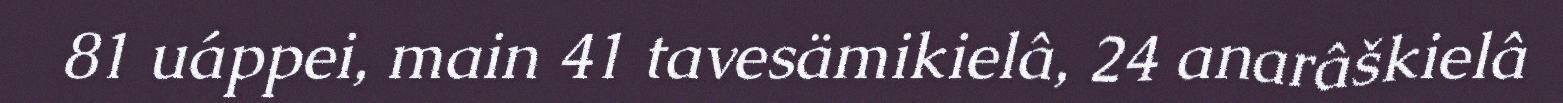
81 uáppei, main 41 tavesämikielâ, 24 anarâškielâ